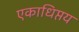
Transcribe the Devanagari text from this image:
एकाधिप्तय